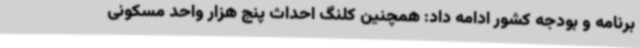
برنامه و بودجه کشور ادامه داد: همچنین کلنگ احداث پنج هزار واحد مسکونی